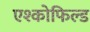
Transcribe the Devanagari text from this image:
एश्कोफिल्ड